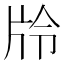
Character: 𭷊